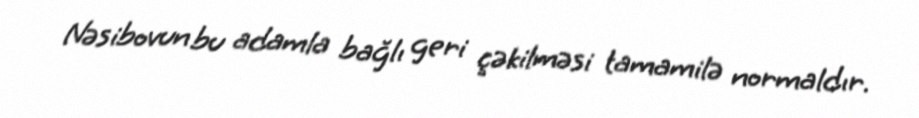
Nəsibovun bu adamla bağlı geri çəkilməsi tamamilə normaldır.